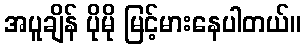
အပူချိန် ပိုမို မြင့်မားနေပါတယ်။